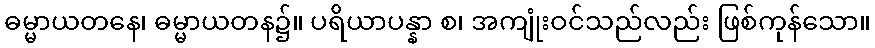
ဓမ္မာယတနေ၊ ဓမ္မာယတန၌။ ပရိယာပန္နာ စ၊ အကျုံးဝင်သည်လည်း ဖြစ်ကုန်သော။